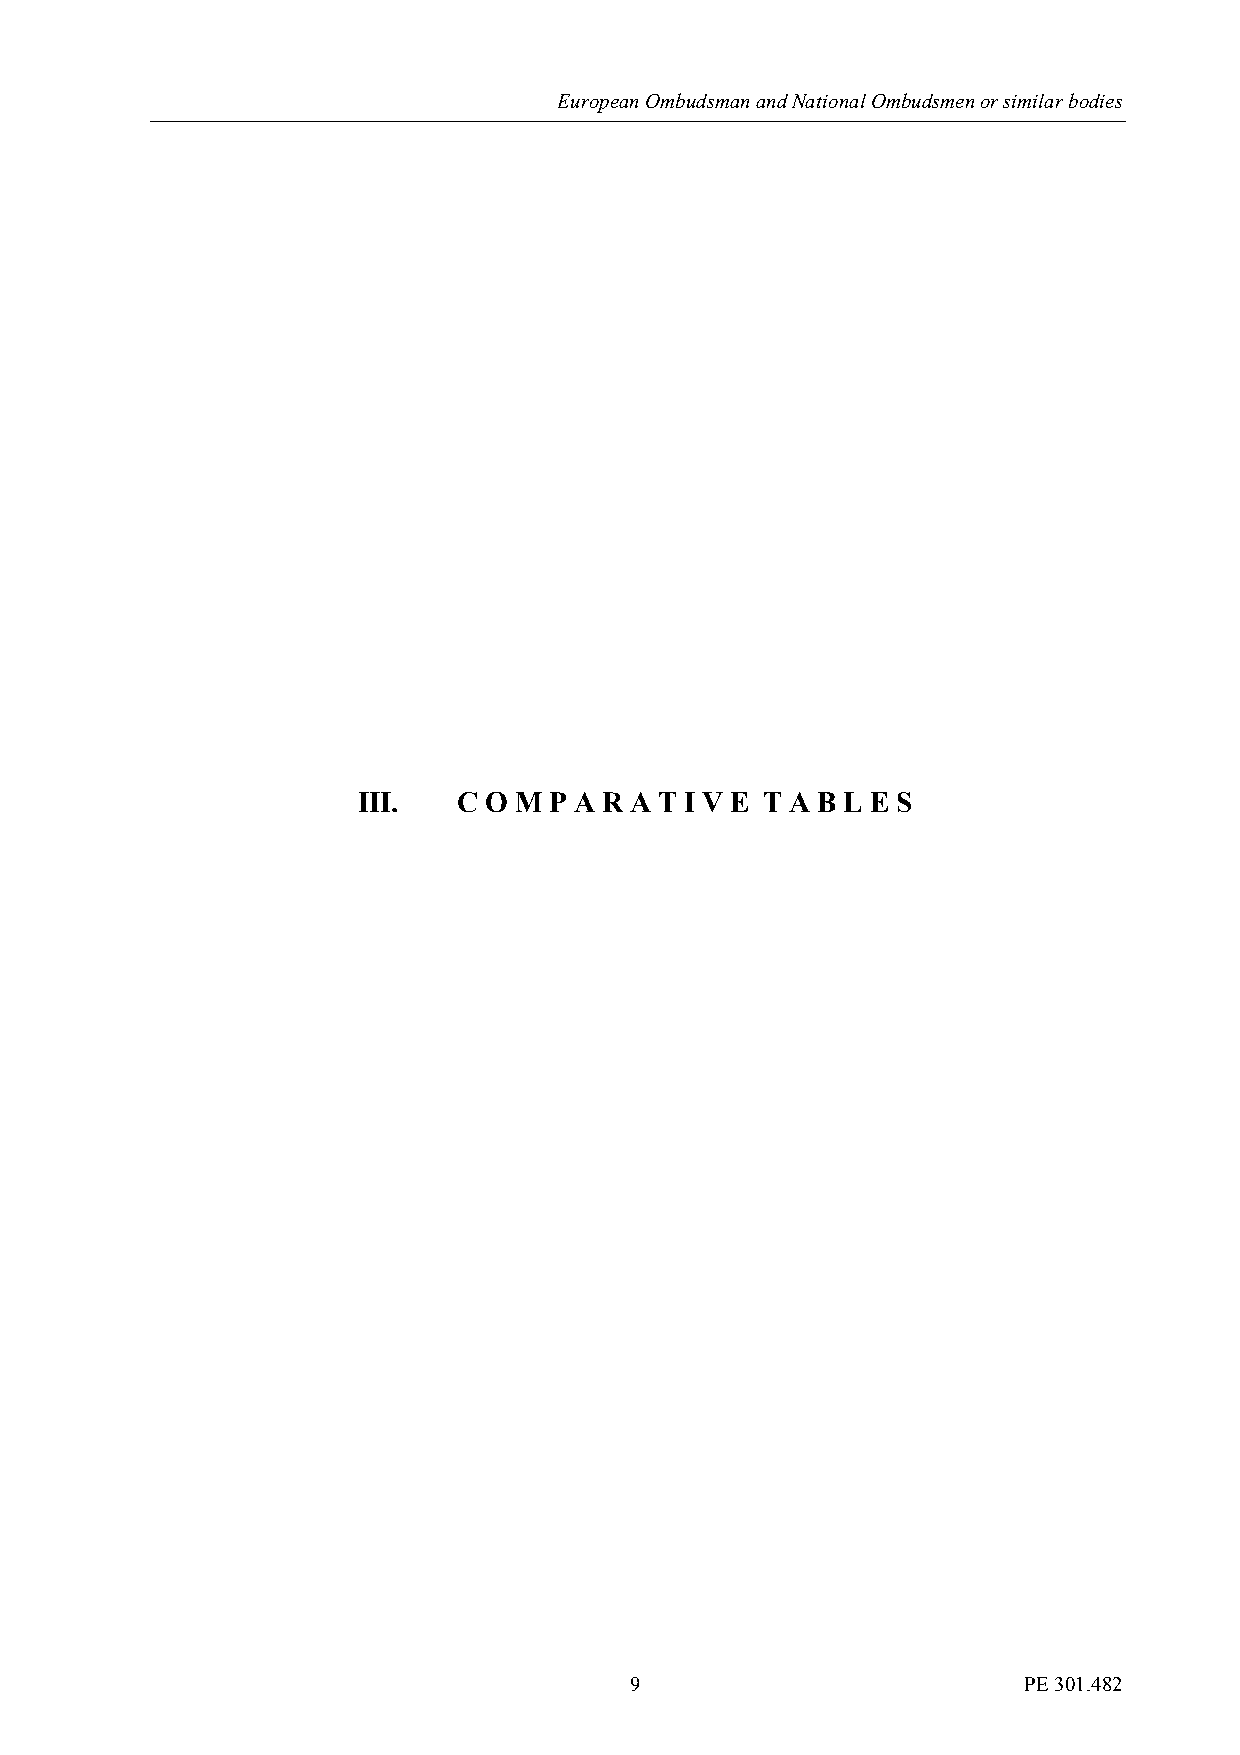
European Ombudsman and National Ombudsmen or similar bodies
 III.  C O M P A R A T I V E T A B L E S
 9                         PE 301.482